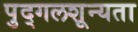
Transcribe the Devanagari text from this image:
पुद्गलशून्यता